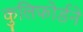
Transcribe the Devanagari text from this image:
कुलिफोर्डने